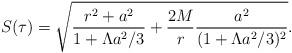
LaTeX: \begin{align*}S(\tau)=\sqrt{\frac{r^2+a^2}{1+\Lambda a^2/3}+\frac{2M}{r}\frac{a^2}{(1+\Lambda a^2/3)^2}}.\end{align*}